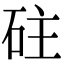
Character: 砫